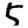
Digit: 5